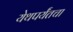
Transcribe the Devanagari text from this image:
येथपर्यंतचा